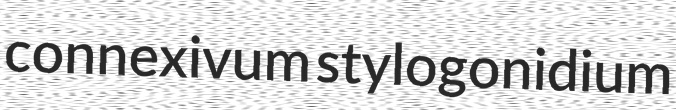
connexivum stylogonidium